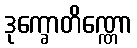
ဒုက္ခောတိဏ္ဏော